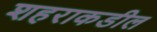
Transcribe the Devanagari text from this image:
शहराकडील